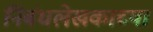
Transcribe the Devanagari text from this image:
निबंधलेखकाच्या